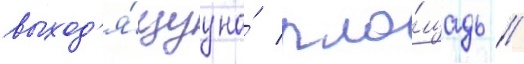
выход'я́щуу на́ пло́щадь //